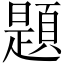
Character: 題